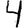
Digit: 4